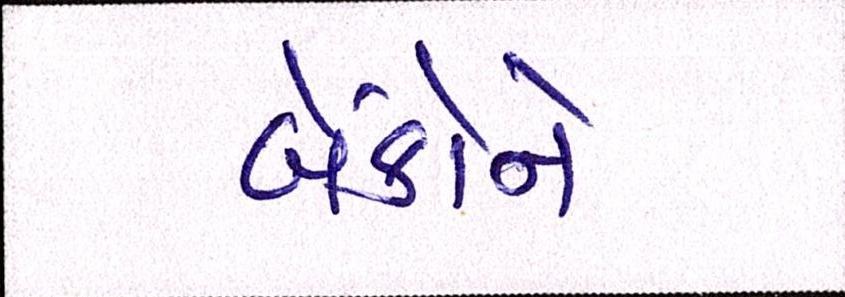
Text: બેંકોને